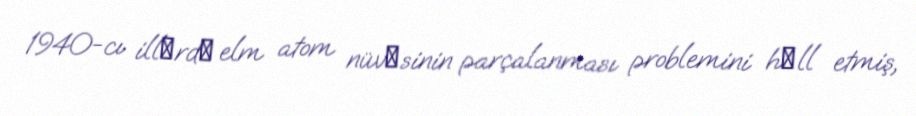
1940-cı illәrdә elm atom nüvәsinin parçalanması problemini hәll etmiş,